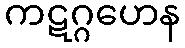
ကဋဂ္ဂဟေန